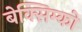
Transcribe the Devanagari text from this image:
बेक्सिम्को